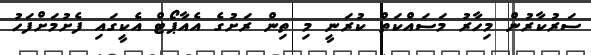
ސަރުކާރުން މިހާރު މަސައްކަތް ކުރަނީ މި ތިން ރަށުގެ އެއާޕޯޓް އެކީގައި ފެށުމަށްފަހު